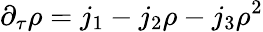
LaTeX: \partial_{\tau}\rho=j_{1}-j_{2}\rho-j_{3}\rho^{2}